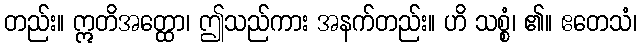
တည်း။ ဣတိအတ္ထော၊ ဤသည်ကား အနက်တည်း။ ဟိ သစ္စံ၊ ၏။ ဧတေသံ၊